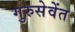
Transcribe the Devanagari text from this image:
गुरुसेवेंत